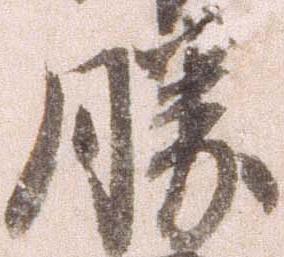
勝